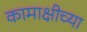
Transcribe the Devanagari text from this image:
कामाक्षीच्या